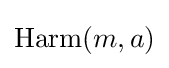
\mathrm {Harm} (m,a)